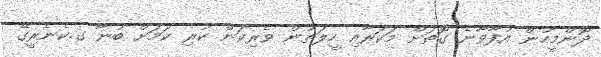
ދޮންމީހުން އުފާވާނެ ގޮތަށް މަކަރާއި ހީލަތުން ވެރިކަން ކުރި ކަމަށް ބުނާ ގ.ކެނެރީގޭ